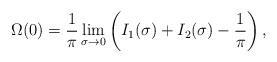
LaTeX: \begin{align*}\Omega(0)= \dfrac{1}{\pi}\lim\limits_{\sigma\to0}\left(I_1(\sigma)+I_2(\sigma)-\dfrac{1}{\pi}\right),\end{align*}